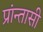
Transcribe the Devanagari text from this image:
प्रांन्तासी